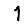
Digit: 1